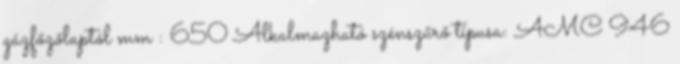
gázfőzőlaptól mm : 650 Alkalmazható szénszűrő típusa: AMC 946